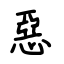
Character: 惡